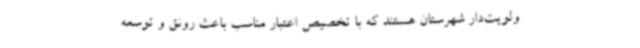
ولویت‌دار شهرستان هستند که با تخصیص اعتبار مناسب باعث رونق و توسعه